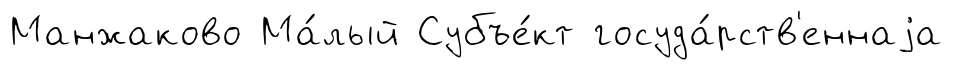
Манжаково Ма́лый Субъе́кт госуда́рств'еннаjа